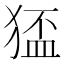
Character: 𤠅